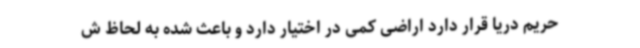
حریم دریا قرار دارد اراضی کمی در اختیار دارد و باعث شده به لحاظ ش